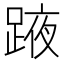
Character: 𨂒